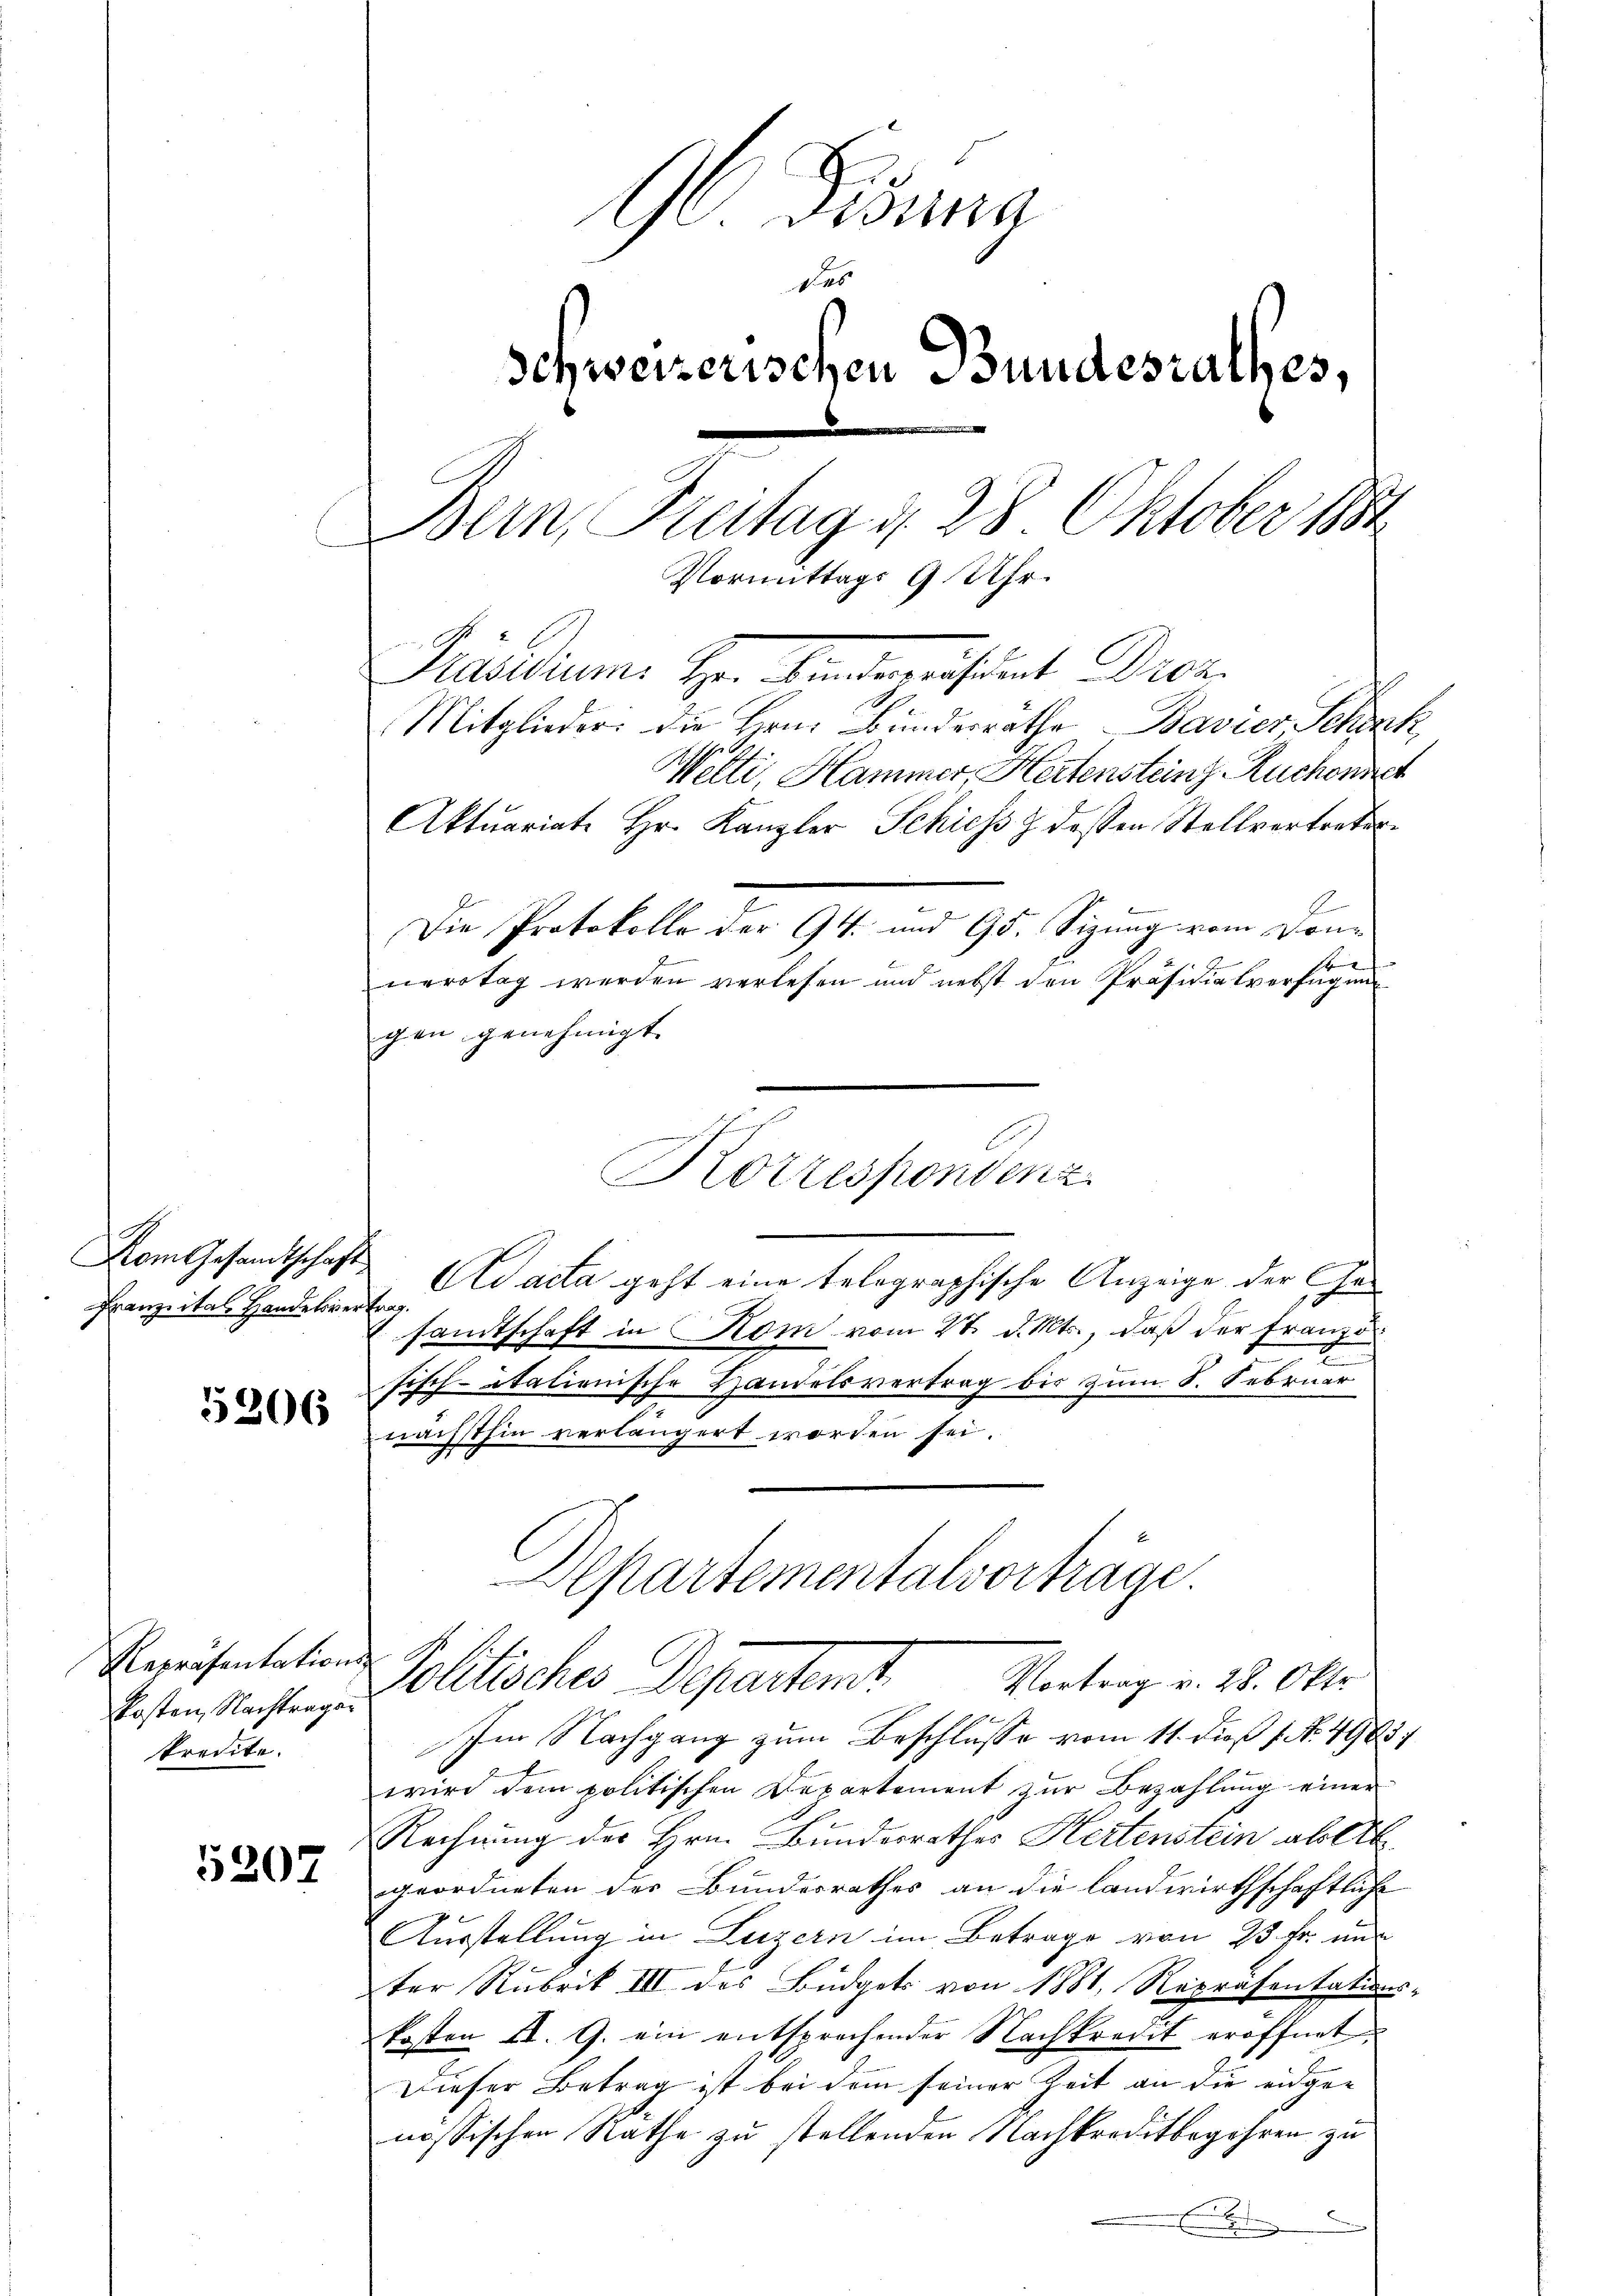
Vom Gesandtschaft
Franzeital Handelsver

5206

Repräsentations-
kosten, Nachtragen
kredite.

5207

96 Disena
Des
Schweizerischen Bundesrathes,
Bern, Freitag d. 28. Oktober 189
Vormittags 9 Uhr.
Präsidiums Her Kindernistrat Dir
Mitglieder. Die Herrn Bundesräthe Bavier Schrak
Welti, Hammer, Hertensteins. Ruchonne

Aktuariate Hr. Kanzler Schiess & dessen Stellvertreten.
Die Protokolle der 94. und 95. Sizung vom Donnerstag werden verlesen und nebst den Präsidialverfügung
gen genehmigt.
Adacta geht eine telegraphische Anzeige der Gef
sandtschaft in Kom vom 27. d. Mts., daß der Franzie
sisch-itationische Handelsvertrag bis zum S. Februar
nächsthin verlängert worden sei.
Departementalvorträge
Pollischer Departemt.
Vortrag v. 28. Okto
Im Nachgang zum Beschlusse vom 11. dieß s. No. 4983
wird dem politischen Departement zur Bezahlung einer
Rechnung des Hrn. Bundesrathes Hertenstein abe
geordneten der Bundesrathes an die landwirthschaftliche
Ausstellung in Luzern im Betrage von 25 fr. un
ter Rubrik III des Büdgets von 1881, Repräsentations-
kosten II. G. ein entsprechender Nachkredit eröffnet.
Dieser Betrag ist bei dem seiner Zeit an die eidge-
nössischen Rathe zu stellenden Nachkreditbegehren zu

Korrespondenz